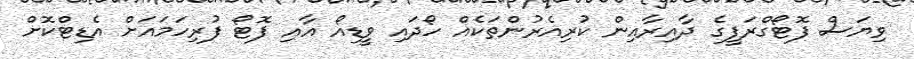
ވިޔަސް ފޮޓޯގްރަފީގެ ދާއިރާއިން ކުރިއެރުންތަކެއް ހޯދައި ވީޑިއޯ އާއި ފޮޓޯ ފުރިހަމައަށް އެޑިޓްކޮށް